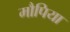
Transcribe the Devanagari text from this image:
मौपिया